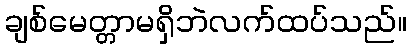
ချစ်မေတ္တာမရှိဘဲလက်ထပ်သည်။